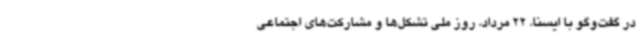
در گفت‌وگو با ایسنا، 22 مرداد، روز ملی تشکل‌ها و مشارکت‌های اجتماعی